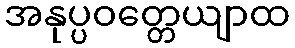
အနုပ္ပဝတ္တေယျာထ